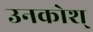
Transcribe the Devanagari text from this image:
उनकोश्